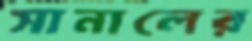
সানালের